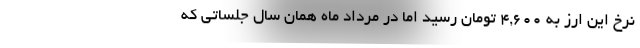
نرخ این ارز به ۴,۶۰۰ تومان رسید اما در مرداد ماه همان سال جلساتی که